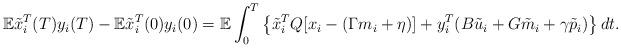
LaTeX: \begin{align*}{\mathbb E}\tilde x_i^T(T) y_i(T)-{\mathbb E}\tilde x_i^T(0) y_i(0) ={\mathbb E}\int_0^T\left\{\tilde x_i^T Q [x_i-(\Gamma m_i+\eta)] + y_i^T (B\tilde u_i +G \tilde m_i +\gamma \tilde p_i) \right\}dt .\end{align*}